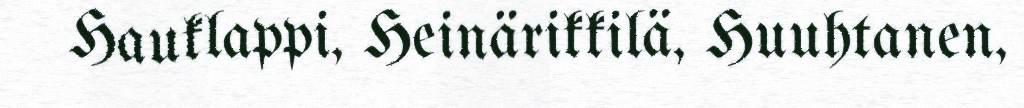
Hauklappi, Heinärikkilä, Huuhtanen,